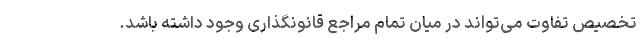
تخصیص تفاوت می‌تواند در میان تمام مراجع قانونگذاری وجود داشته باشد.